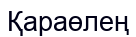
Қараөлең